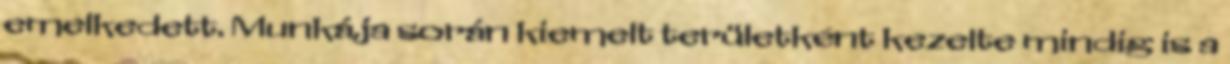
emelkedett. Munkája során kiemelt területként kezelte mindig is a